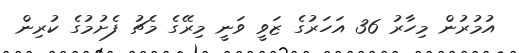
އުމުރުން މިހާރު 36 އަހަރުގެ ޒަވީ ވަނީ މިރޭގެ މެޗު ފެށުމުގެ ކުރިން